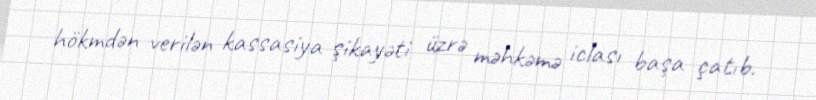
hökmdən verilən kassasiya şikayəti üzrə məhkəmə iclası başa çatıb.